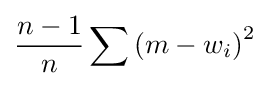
{\frac {n-1}{n}}\sum {(m-w_{i})}^{2}